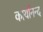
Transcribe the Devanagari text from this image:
कार्यानन्द